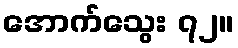
အောက်သွေး ၇၂။